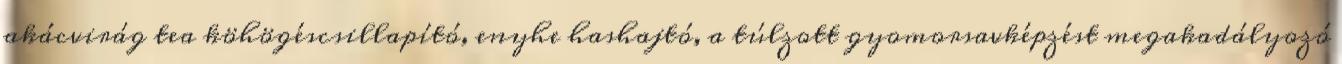
akácvirág tea köhögéscsillapító, enyhe hashajtó, a túlzott gyomorsavképzést megakadályozó